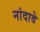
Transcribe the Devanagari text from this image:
नांदावे